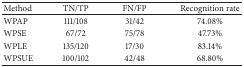
| Method | TN/TP | FN/FP | Recognition rate |
 | --- | --- | --- | --- |
 | WPAP | 111/108 | 31/42 | 74.08% |
 | WPSE | 67/72 | 75/78 | 47.73% |
 | WPLE | 135/120 | 17/30 | 83.14% |
 | WPSUE | 100/102 | 42/48 | 68.80% |